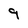
Character: 9